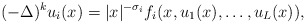
\begin{align*}(-\Delta)^{k}u_{i}(x) = |x|^{-\sigma_i}f_{i}(x,u_{1}(x),\ldots,u_{L}(x)),\end{align*}